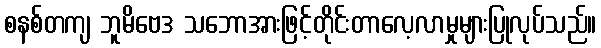
စနစ်တကျ ဘူမိဗေဒ သဘောအားဖြင့်တိုင်းတာလေ့လာမှုများပြုလုပ်သည်။